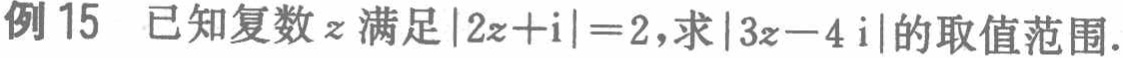
例15 已知复数$z$满足$|2z + \mathrm{i}| = 2$，求$|3z - 4\mathrm{i}|$的取值范围.